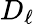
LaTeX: D_{\ell}